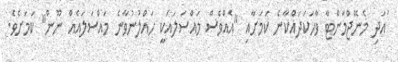
ައަދި މެނޭޖްމަންޓާ ވާހަކަދައްކާނެ ކަމަށާއި "އެއްވެސް މައްސަލައަކީ ހައްލުނުވާނެ މައްސަލައެއް ނޫން" ކަމަށެވެ.